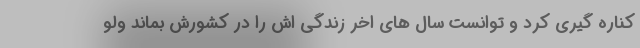
کناره گیری کرد و توانست سال های اخر زندگی اش را در کشورش بماند ولو